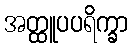
အတ္ထူပပရိက္ခာ